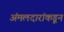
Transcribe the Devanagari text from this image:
अंमलदारांकडून